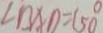
\angle B A D = ( 5 0 ^ { \circ }